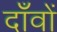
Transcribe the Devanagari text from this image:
दाँवों